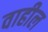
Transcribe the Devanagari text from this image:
वाहील